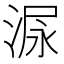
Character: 𰜋